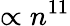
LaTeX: \propto n^{11}